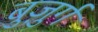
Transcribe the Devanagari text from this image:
बुजु़र्ग